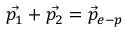
\vec { p _ { 1 } } + \vec { p _ { 2 } } = \vec { p } _ { e - p }